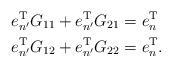
LaTeX: \begin{align*}e_{n'}^{\rm T}G_{11}+e_{n'}^{\rm T}G_{21}&=e_n^{\rm T}\quad\\e_{n'}^{\rm T}G_{12}+e_{n'}^{\rm T}G_{22}&=e_n^{\rm T}.\end{align*}